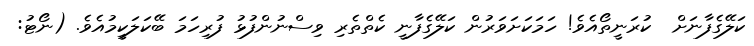
ކަލޭގެފާނަށް  ކުރަނީތޯއެވެ! ހަމަކަށަވަރުން ކަލޭގެފާނީ ކެތްތެރި ވިސްނުންފުޅު ފުރިހަމަ ބޭކަލަކީމުއެވެ. (ނޯޓު: